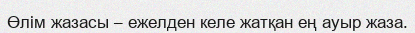
Өлім жазасы – ежелден келе жатқан ең ауыр жаза.